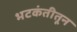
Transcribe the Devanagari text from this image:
भटकंतीतून